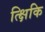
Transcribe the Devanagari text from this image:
त्क्षिकि